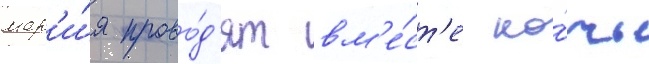
мар'и́я прово́д'ят вм'е́ст'е но́чь